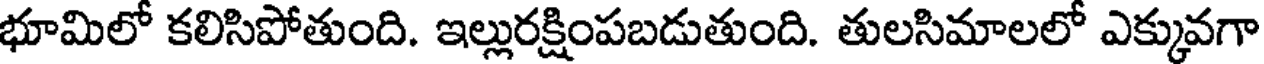
భూమిలో కలిసిపోతుంది. ఇల్లురక్షింపబడుతుంది. తులసిమాలలో ఎక్కువగా